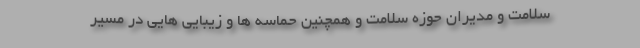
سلامت و مدیران حوزه سلامت و همچنین حماسه ها و زیبایی هایی در مسیر